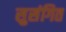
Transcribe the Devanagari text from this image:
सुसंगित